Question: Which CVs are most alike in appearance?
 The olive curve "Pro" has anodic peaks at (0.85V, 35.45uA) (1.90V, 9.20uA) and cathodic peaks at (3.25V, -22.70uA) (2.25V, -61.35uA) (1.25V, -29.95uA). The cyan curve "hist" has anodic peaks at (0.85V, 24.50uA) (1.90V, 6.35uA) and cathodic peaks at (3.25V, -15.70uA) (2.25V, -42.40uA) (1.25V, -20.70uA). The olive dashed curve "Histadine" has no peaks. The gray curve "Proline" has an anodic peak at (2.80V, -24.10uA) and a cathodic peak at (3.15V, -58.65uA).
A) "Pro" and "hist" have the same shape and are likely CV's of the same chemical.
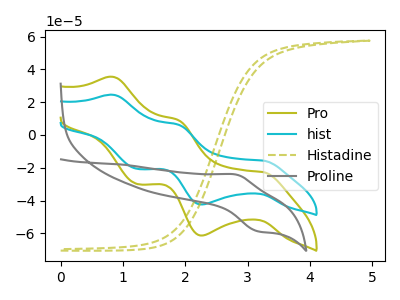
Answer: <think>All the peaks in "Pro" have a peak in "hist" at the same potential. Every peak in "Pro" is higher than every peak in "hist". "Pro" and "Histadine" have a different number of peaks. "Pro" and "Proline" have a different number of peaks. "hist" and "Histadine" have a different number of peaks. "hist" and "Proline" have a different number of peaks. "Histadine" and "Proline" have a different number of peaks.
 </think>
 <answer>A) "Pro" and "hist" have the same shape and are likely CV's of the same chemical.</answer>
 <eval>A</eval>